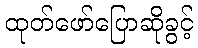
ထုတ်ဖော်ပြောဆိုခွင့်